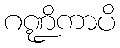
ဂဏ္ဍိကာပိ